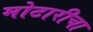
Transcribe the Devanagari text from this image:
मोटारीचा